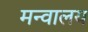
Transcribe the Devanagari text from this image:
मन्वालय